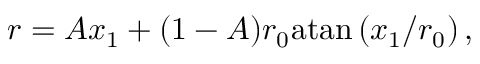
r = A x _ { 1 } + ( 1 - A ) r _ { 0 } \mathrm { a t a n } \left( x _ { 1 } / r _ { 0 } \right) ,